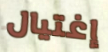
إغتيال